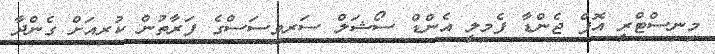
މިނިސްޓްރީ އޮފް ޖެންޑާ ފެމިލީ އެންޑް ސޯޝަލް ސަރވިސަސްގެ ފަރާތުން ކުރިއަށް ގެންދާ